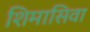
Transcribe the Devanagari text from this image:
शिमासिवा